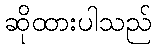
ဆိုထားပါသည်